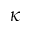
\kappa